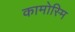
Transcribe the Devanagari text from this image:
कामोस्मि